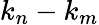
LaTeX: k_{n}-k_{m}